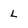
Character: l